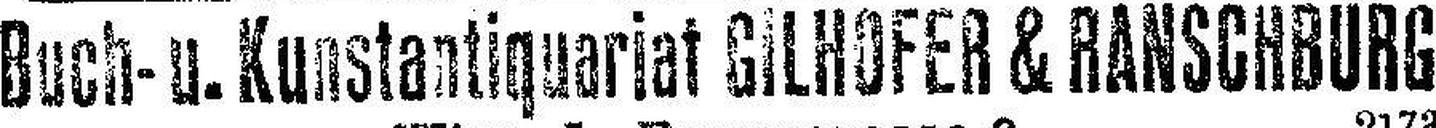
Buch- u. Kunstantiquariat GILHOFER & RANSCHBURG